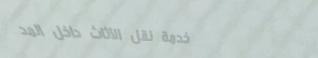
خدمة نقل الأثاث داخل المد